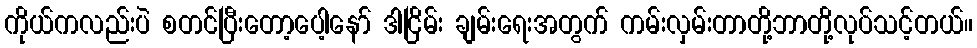
ကိုယ်ကလည်းပဲ စတင်ပြီးတော့ပေါ့နော် ဒါငြိမ်း ချမ်းရေးအတွက် ကမ်းလှမ်းတာတို့ဘာတို့လုပ်သင့်တယ်။